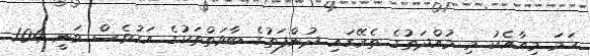
ހަމަ މިއާއެކު މި މުއްދަތުގެ ތެރޭގައި ދުންފަތުގެ ބާވަތްތަކުގެ އަގުވެސް ވަނީ 1.04